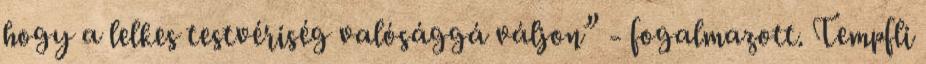
hogy a lelkes testvériség valósággá váljon” - fogalmazott. Tempfli